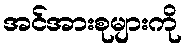
အင်အားစုများကို